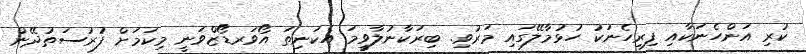
ކުރި އަންހެނަކާއި ފިރިހެނަކު ހުޅުމާލޭގައި މަރުވި. ބިރަކާނުލާވީމަ އެކަނިތަ އޯވަރޑޯޒްވަނީ މިކަމަށް ފުރުސަތުދޭން